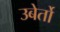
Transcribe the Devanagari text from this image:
उबेर्तो